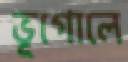
ভূগোলে